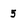
Character: 5